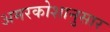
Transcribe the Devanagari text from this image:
अमरकोशानुसार